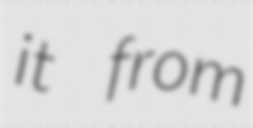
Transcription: it from